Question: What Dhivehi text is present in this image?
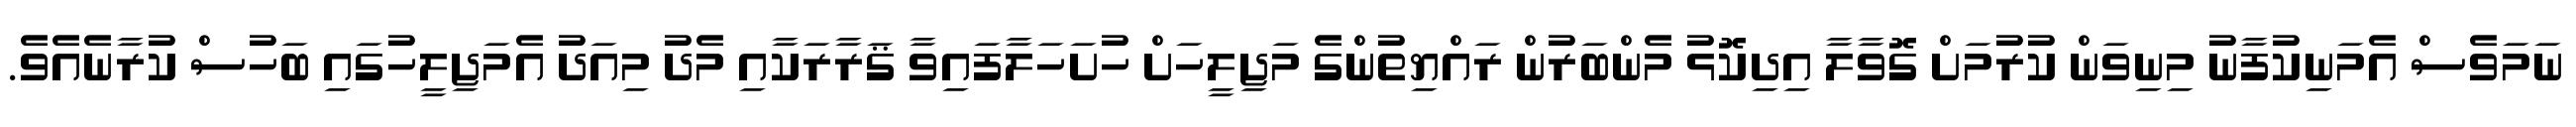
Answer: ނަމަވެސް އެމަނިކުފާނު މިނިވަން ކުރުމަށް ގޮވާލާ އިދިކޮޅު މެންބަރުން ރައްޔިތުންގެ މަޖިލީހަށް ހުށަހަލާފައިވާ ޤަރާރަކާއި މެދު މިއަދު އެމަޖިލީހުގައި ބަހުސް ކުރާނެއެވެ.